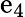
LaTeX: \mathrm{e}_{4}